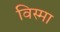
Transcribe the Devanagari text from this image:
विस्मा